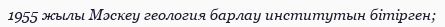
1955 жылы Мәскеу геология барлау институтын бітірген;